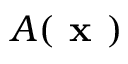
\boldsymbol { A } ( \textbf { x } )